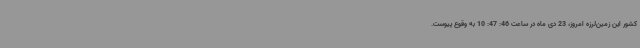
کشور این زمین‌لرزه امروز، 23 دی‌ ماه در ساعت 46: 47: 10 به وقوع پیوست.